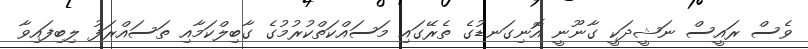
ވެސް ރައީސް ނަޝީދަކީ ގާނޫނީ އޮނިގަނޑުގެ ތެރޭގައި މަސައްކަތްކުރުމުގެ ގާބިލްކަމާއި ތަސައްރަފު ލިބިފައިވާ